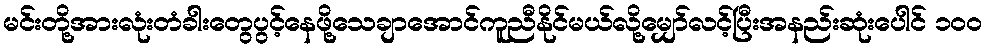
မင်းတို့အားလုံးတံခါးတွေပွင့်နေဖို့သေချာအောင်ကူညီနိုင်မယ်လို့မျှော်လင့်ပြီးအနည်းဆုံးပေါင် ၁၀၀